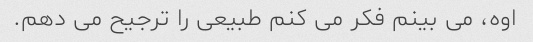
اوه، می بینم فکر می کنم طبیعی را ترجیح می دهم.